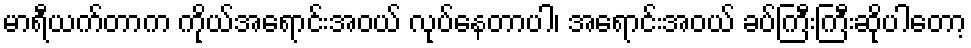
မာရီယက်တာက ကိုယ်အရောင်းအဝယ် လုပ်နေတာပါ၊ အရောင်းအဝယ် ခပ်ကြီးကြီးဆိုပါတော့